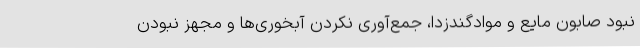
نبود صابون مایع و موادگندزدا، جمع‌آوری نکردن آبخوری‌ها و مجهز نبودن